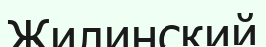
Жилинский